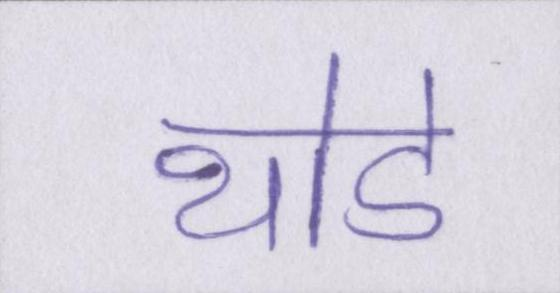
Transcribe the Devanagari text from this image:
थोडे